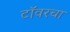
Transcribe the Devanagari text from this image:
टॉवरचा